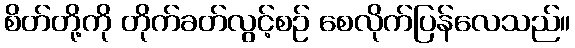
စိတ်တို့ကို တိုက်ခတ်လွင့်စဉ် စေလိုက်ပြန်လေသည်။